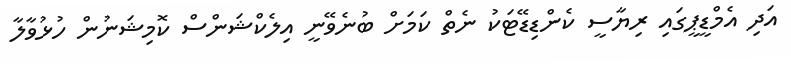
އަދި އެމްޑީޕީގައި ރިޔާސީ ކެންޑިޑޭޓަކު ނެތް ކަމަށް ބުނެވޭނީ އިލެކްޝަންސް ކޮމިޝަނުން ހުޅުވާލާ